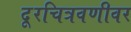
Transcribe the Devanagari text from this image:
दूरचित्रवणीवर